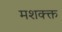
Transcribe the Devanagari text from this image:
मशक्क्त